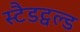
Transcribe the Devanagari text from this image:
स्टैडट्वल्ड